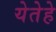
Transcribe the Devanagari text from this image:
येतेहे